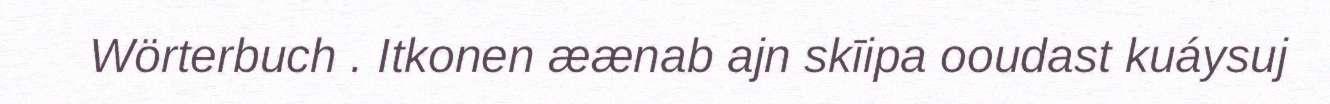
Wörterbuch . Itkonen æænab ajn skīipa ooudast kuáysuj